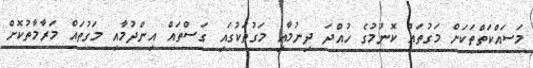
މަސައްކަތްތަކަށް މަގުތައް ކޮނުމުގެ ހުއްދަ ދިނުމާއި މަގުތަކުގައި ގަސްތައް އިންދުމާއި މަގުތައް މަރާމާތުކޮށް